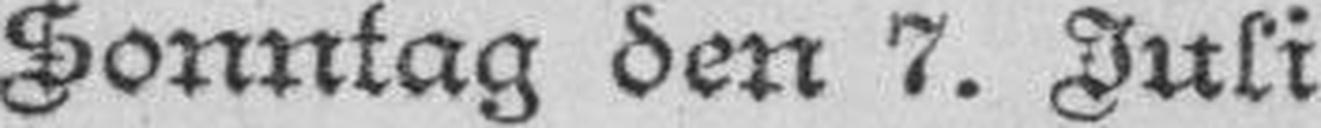
Sonntag den 7. Juli